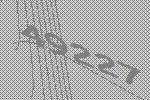
49227